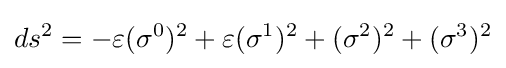
ds^{2}=-\varepsilon (\sigma ^{0})^{2}+\varepsilon (\sigma ^{1})^{2}+(\sigma ^{2})^{2}+(\sigma ^{3})^{2}